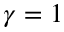
\gamma = 1